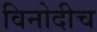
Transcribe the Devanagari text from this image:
विनोदीच